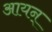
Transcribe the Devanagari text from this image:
आयन्